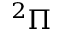
^ 2 \Pi